Vaccination in Burma 1920-1933 - 1920-1933
Year: 1920
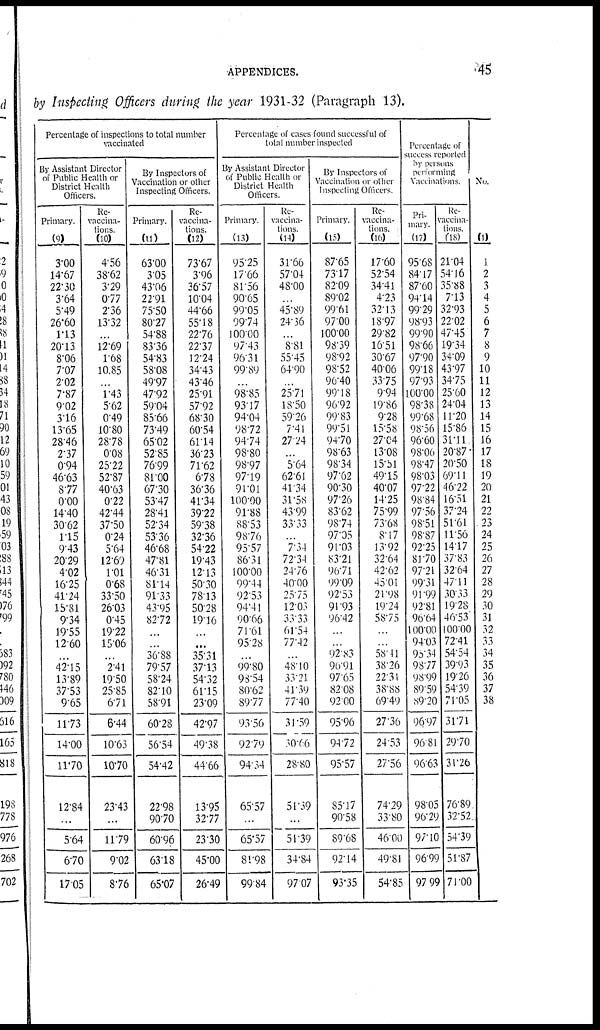
APPENDICES.
45
by Inspecting Officers during the year 1931-32 (Paragraph 13).
Percentage of inspections to total number
vaccinated
By Assistant Director
of Public Health or
District Health
Officers.
Primary.
(9)
3.00
14.67
22.30
3.64
5.49
26.60
1.13
20.13
8.06
7.07
2.02
7.87
9.02
3.16
13.65
28.46
2.37
0.94
46.63
8.77
0.00
14.40
30.62
1.15
9.43
20.29
4.02
16.25
41.24
15.81
9.34
19.55
12.60
...
42.15
13.89
37.53
9.65
11.73
14.00
11.70
12.84
...
5.64
6.70
17.05
Re-
vaccina-
tions.
(10)
4.56
38.62
3.29
0.77
2.36
13.32
...
12.69
1.68
10.85
...
1.43
5.62
0.49
10.80
28.78
0.08
25.22
52.87
40.63
0.22
42.44
37.50
0.24
5.64
12.69
1.01
0.68
33.50
26.03
0.45
19.22
15.06
...
2.41
19.50
25.85
6.71
6.44
10.63
10.70
23.43
...
11.79
9.02
8.76
By Inspectors of
Vaccination or other
Inspecting Officers.
Primary.
(11)
63.00
3.05
43.06
22.91
75.50
80.27
54.88
83.36
54.83
58.08
49.97
47.92
59.04
85.66
73.49
65.02
52.85
76.99
81.00
67.30
53.47
28.41
52.34
53.36
46.68
47.81
46.31
81.14
91.33
43.95
82.72
...
...
36.88
79.57
58.24
82.10
58.91
60.28
56.54
54.42
22.98
90.70
60.96
63.18
65.07
Re-
vaccina-
tions.
(12)
73.67
3.96
36.57
10.04
44.66
55.18
22.76
22.37
12.24
34.43
43.46
25.91
57.92
68.30
60.54
61.14
36.23
71.62
6.78
36.36
41.34
39.22
59.38
32.36
54.22
19.43
12.13
50.30
78.13
50.28
19.16
...
...
35.31
37.13
54.32
61.15
23.09
42.97
49.38
44.66
13.95
32.77
23.30
45.00
26.49
Percentage of cases found successful of
total number inspected
By Assistant Director
of Public Health of
District Health
Officers.
Primary.
(13)
95.25
17.66
81.56
90.65
99.05
99.74
100.00
97.43
96.31
99.89
...
98.85
93.17
94.04
98.72
94.74
98.80
98.97
97.19
91.01
100.00
91.88
88.53
98.76
95.57
86.31
100.00
99.44
92.53
94.41
90.66
71.61
95.28
...
99.80
93.54
80.62
89.77
93.56
92.79
94.34
65.57
...
65.57
81.98
99.84
Re-
vaccina-
tions.
(14)
31.66
57.04
48.00
...
45.89
24.36
...
8.81
55.45
64.90
...
25.71
18.50
59.26
7.41
27.24
...
5.64
62.61
41.34
31.58
43.99
33.33
...
7.34
72.34
24.76
40.00
25.75
12.03
33.33
61.54
77.42
...
48.10
33.21
41.39
77.40
31.59
30.66
28.80
51.39
...
51.39
34.84
97.07
By Inspectors of
Vaccination or other
Inspecting Officers.
Primary.
(15)
87.65
73.17
82.09
89.02
99.61
97.00
100.00
98.39
98.92
98.52
96.40
99.18
96.92
99.83
99.51
94.70
98.63
98.34
97.62
90.30
97.26
83.62
98.74
97.05
91.03
83.21
96.71
99.09
92.53
91.93
96.42
...
...
92.83
96.91
97.65
82.08
92.00
95.96
94.72
95.57
85.17
90.58
89.68
92.14
93.35
Re-
vaccina-
tions.
(16)
17.60
52.54
34.41
4.23
32.13
18.97
29.82
16.51
30.67
40.06
33.75
9.94
19.86
9.28
15.58
27.04
13.08
15.51
49.15
40.07
14.25
75.99
73.68
8.17
13.92
32.64
42.62
45.01
21.98
19.24
58.75
...
...
58.11
38.26
22.31
38.88
69.49
27.36
24.53
27.56
74.29
33.80
46.00
49.81
54.85
Percentage of
success reported
by persons
performing
vaccinatios.
Pri-
mary.
(17)
95.68
84.17
87.60
94.14
99.29
98.93
99.90
98.66
97.90
99.18
97.93
100.00
98.38
99.68
98.56
96.60
98.06
98.47
98.03
97.22
98.84
97.56
98.51
98.87
92.25
81.70
97.21
99.31
91.99
92.81
96.64
100.00
94.03
96.34
98.77
98.99
89.59
89.20
96.97
96.81
96.63
9805
96.29
97.10
96.99
97.99
Re-
vaccina-
tions.
(18)
21.04
54.16
35.88
7.13
32.93
22.02
47.45
19.34
34.09
43.97
34.75
25.60
24.04
11.20
15.86
31.11
20.87
20.50
69.11
46.22
16.51
37.24
51.61
11.56
14.17
37.83
32.64
47.11
30.33
19.28
46.53
100.00
72.41
54.54
39.93
19.26
54.39
71.05
31.71
29.70
31.26
76.89
32.52
54.39
51.87
71.00
No.
(1)
1
2
3
4
5
6
7
8
9
10
11
12
13
14
15
16
17
18
19
20
21
22
23
24
25
26
27
28
29
30
31
32
33
34
35
36
37
38